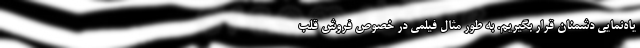
یاه‌نمایی دشمنان قرار بگیریم. به‌ طور مثال فیلمی در خصوص فروش قلب